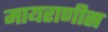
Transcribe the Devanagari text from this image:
मायराणीस